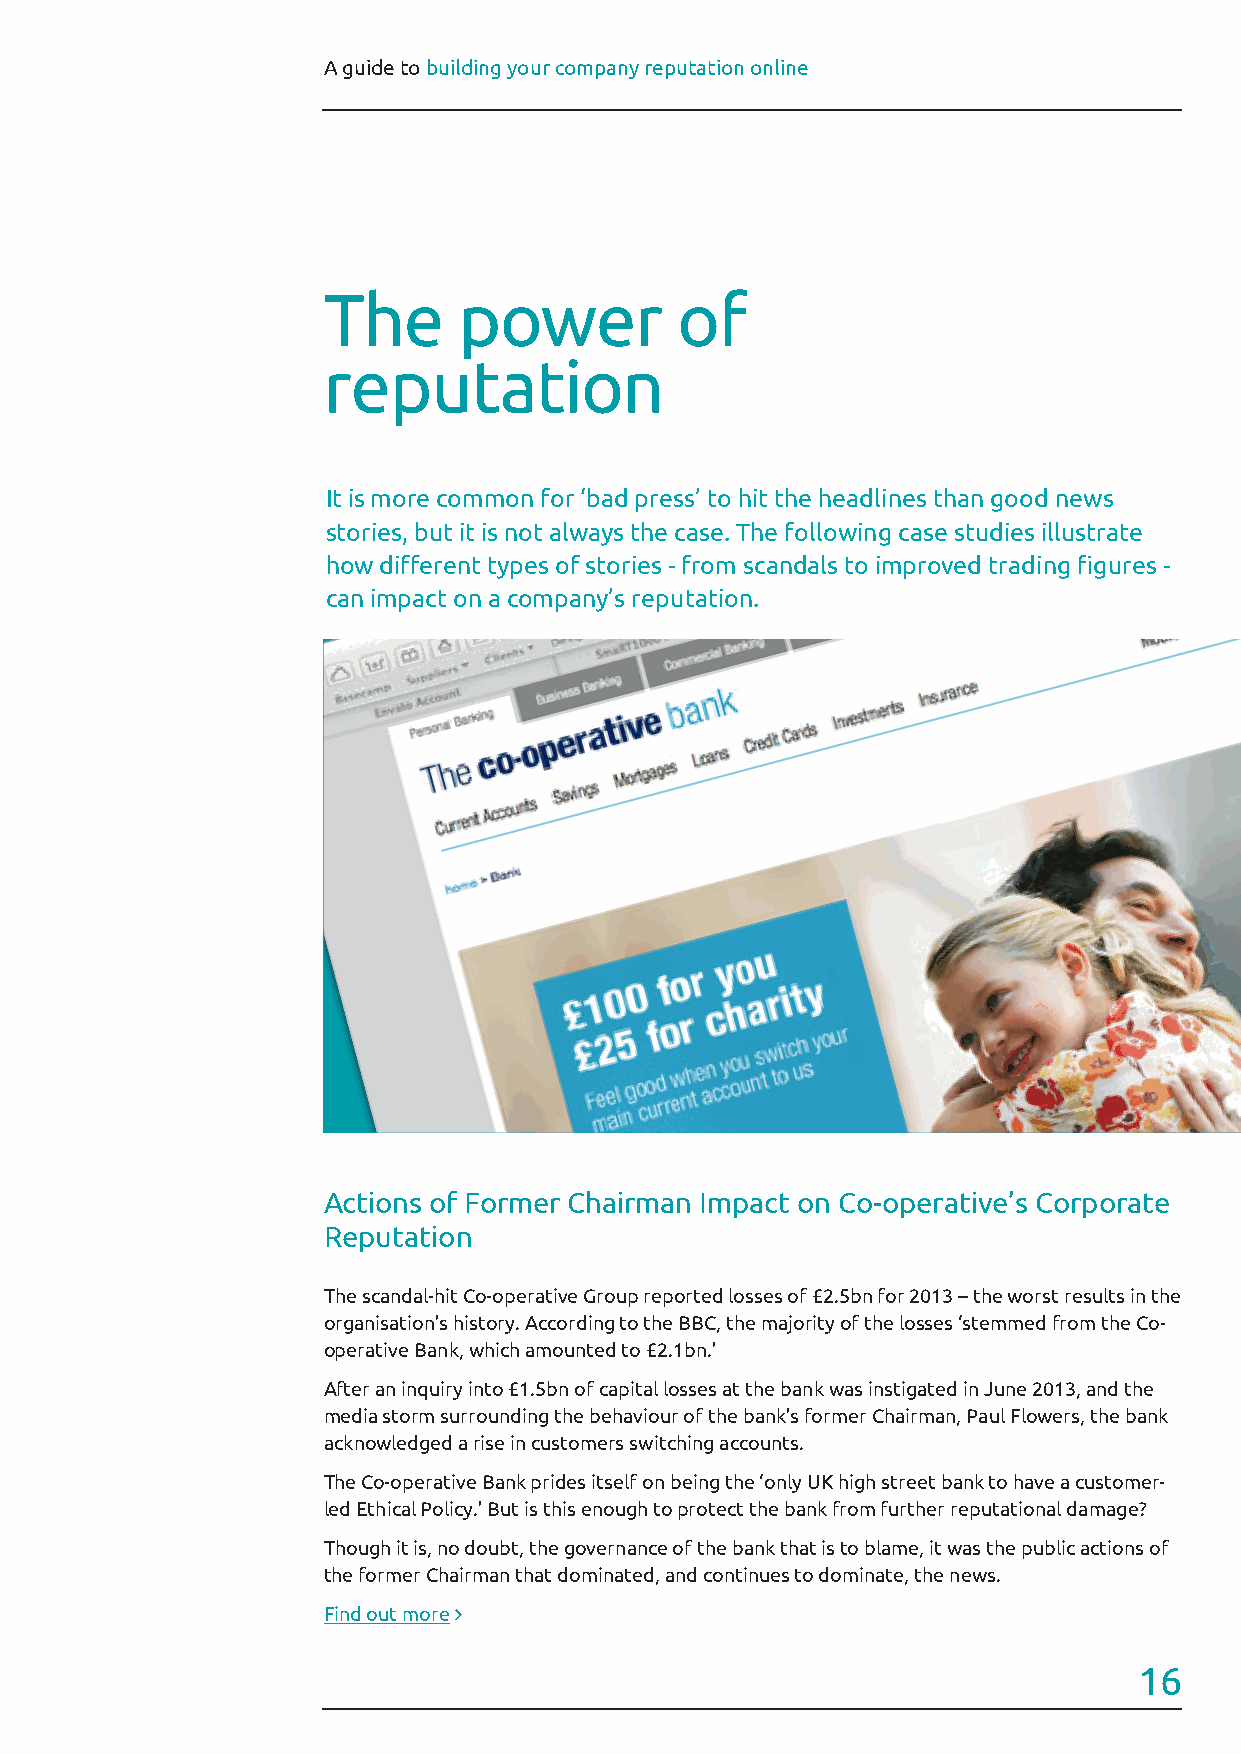
A guide to building your company reputation online
 The      power          of
 reputation
 It is more common for ‘bad press’ to hit the headlines than good news
 stories, but it is not always the case. The following case studies illustrate
 how different types of stories - from scandals to improved trading figures -
 can impact on a company’s reputation.
 Actions of Former Chairman Impact on Co-operative’s Corporate
 Reputation
 The scandal-hit Co-operative Group reported losses of £2.5bn for 2013 – the worst results in the
 organisation’s history. According to the BBC, the majority of the losses ‘stemmed from the Co-
 operative Bank, which amounted to £2.1bn.’
 After an inquiry into £1.5bn of capital losses at the bank was instigated in June 2013, and the
 media storm surrounding the behaviour of the bank’s former Chairman, Paul Flowers, the bank
 acknowledged a rise in customers switching accounts.
 The Co-operative Bank prides itself on being the ‘only UK high street bank to have a customer-
 led Ethical Policy.’ But is this enough to protect the bank from further reputational damage?
 Though it is, no doubt, the governance of the bank that is to blame, it was the public actions of
 the former Chairman that dominated, and continues to dominate, the news.
 Find out more 
 16